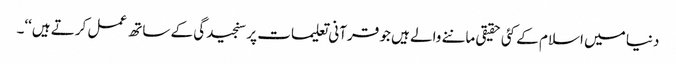
دنیا میں اسلام کے کئی حقیقی ماننے والے ہیں جو قرآنی تعلیمات پر سنجیدگی کے ساتھ عمل کرتے ہیں‘‘۔